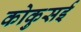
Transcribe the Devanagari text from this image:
कोकुसई